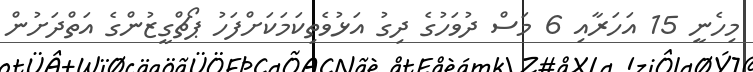
މިހެނީ 15 އަހަރާއި 6 މަސް ދުވަހުގެ ދިގު އަޅުވެތިކަމަކަށްފަހު ޕޯޗްގީޒުންގެ އަތްދަށުން